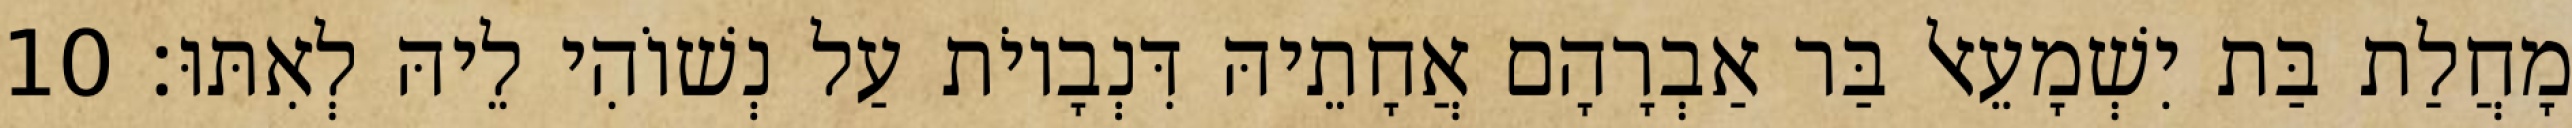
מָחֲלַת בַּת יִשְׁמָעֵאל בַּר אַבְרָהָם אֲחָתֵיהּ דִּנְבָיוֹת עַל נְשׁוֹהִי לֵיהּ לְאִתּוּ׃ 10